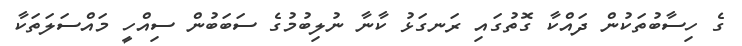
ގެ ހިސާބުތަކުން ދައްކާ ގޮތުގައި ރަނގަޅު ކާނާ ނުލިބުމުގެ ސަބަބުން ސިއްހީ މައްސަލަތަކާ